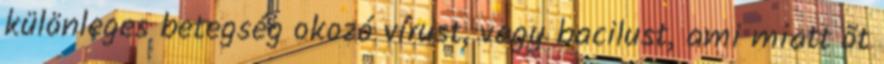
különleges betegség okozó vírust, vagy bacilust, ami miatt õt